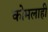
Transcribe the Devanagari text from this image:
कोमलाही